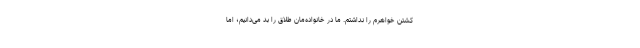
کشتن خواهرم را نداشتم. ما در خانواده‌مان طلاق را بد می‌دانیم؛ اما